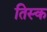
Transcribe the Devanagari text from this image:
तिस्क